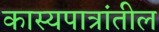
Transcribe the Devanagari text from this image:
कास्यपात्रांतील